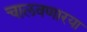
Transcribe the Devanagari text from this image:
चालवणारया